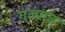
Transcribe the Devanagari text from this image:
गल्यात